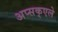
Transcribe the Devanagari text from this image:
अप्सक्एले